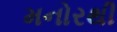
મનોરથી